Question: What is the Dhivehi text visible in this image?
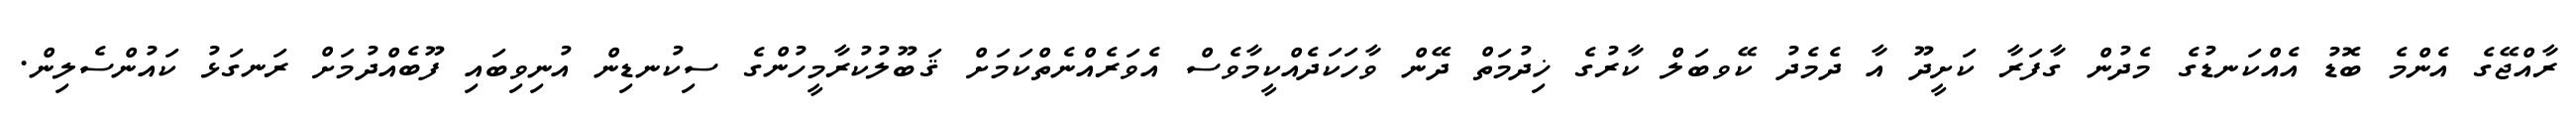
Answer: ރާއްޖޭގެ އެންމެ ބޮޑު އެއްކަނޑުގެ މެދުން ގާފަރާ ކަށީދޫ އާ ދެމެދު ކޭވބަލް ކާރުގެ ޚިދުމަތް ދޭން ވާހަކަދެއްކީމާވެސް އެވަރެއްނެތްކަމަށް ޤަބޫލުކުރާމީހުންގެ ސިކުނޑިން އުނިވިބައި ފޫބެއްދުމަށް ރަނގަޅު ކައުންސެލިން.